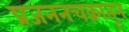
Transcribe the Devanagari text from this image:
प्रजननचक्रातून